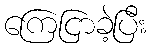
ကြေငြာခဲ့ပြီး